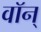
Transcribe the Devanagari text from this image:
वॉन्